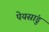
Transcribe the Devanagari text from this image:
पेयसांडु